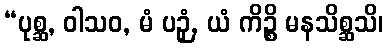
“ပုစ္ဆ, ဝါသဝ, မံ ပဉှံ, ယံ ကိဉ္စိ မနသိစ္ဆသိ၊